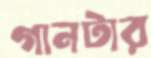
গানটার